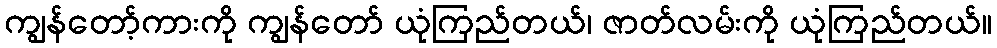
ကျွန်တော့်ကားကို ကျွန်တော် ယုံကြည်တယ်၊ ဇာတ်လမ်းကို ယုံကြည်တယ်။